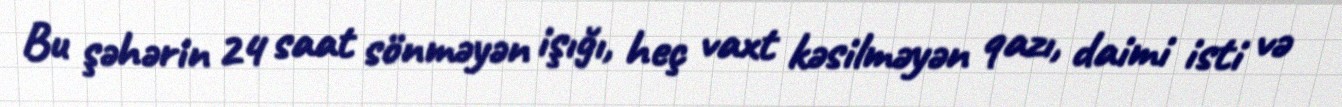
Bu şəhərin 24 saat sönməyən işığı, heç vaxt kəsilməyən qazı, daimi isti və